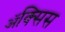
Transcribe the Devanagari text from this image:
ॲक्सिस